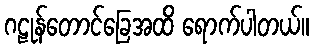
ဂဠုန်တောင်ခြေအထိ ရောက်ပါတယ်။